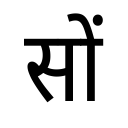
OCR:
सों